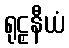
ရုဠှနီယံ